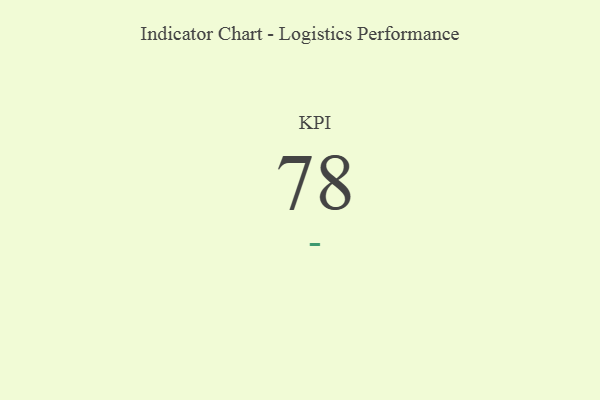
{"axis": {"x": "KPI", "y": "Value"}, "legend": [""], "data": [{"x": "KPI", "y": 78, "type": ""}]}